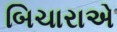
બિચારાએ